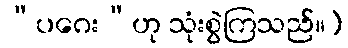
“ပဂေး”ဟု သုံးစွဲကြသည်။)